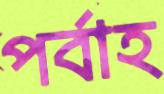
পর্বাহ